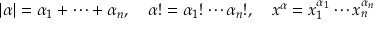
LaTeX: | \alpha | = \alpha _ { 1 } + \cdots + \alpha _ { n } , \quad \alpha ! = \alpha _ { 1 } ! \cdots \alpha _ { n } ! , \quad { \boldsymbol { x } } ^ { \alpha } = x _ { 1 } ^ { \alpha _ { 1 } } \cdots x _ { n } ^ { \alpha _ { n } }